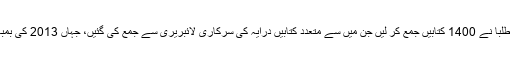
چند مہینوں کی کوشش سے ان طلبا نے 1400 کتابیں جمع کر لیں جن میں سے متعدد کتابیں درایہ کی سرکاری لائبریری سے جمع کی گئیں، جہاں 2013 کی بمباری کے بعد آگ لگ گئی تھی۔